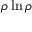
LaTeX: \rho \ln \rho